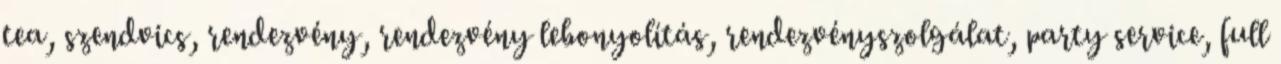
tea, szendvics, rendezvény, rendezvény lebonyolítás, rendezvényszolgálat, party service, full